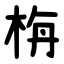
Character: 栴